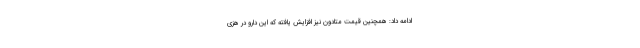
ادامه داد: همچنین قیمت متادون نیز افزایش یافته که این دارو در هزی